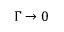
\Gamma \to 0